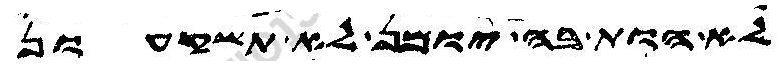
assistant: לא הות בה יומן לא תשכעון